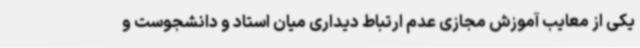
یکی از معایب آموزش مجازی عدم ارتباط دیداری میان استاد و دانشجوست و